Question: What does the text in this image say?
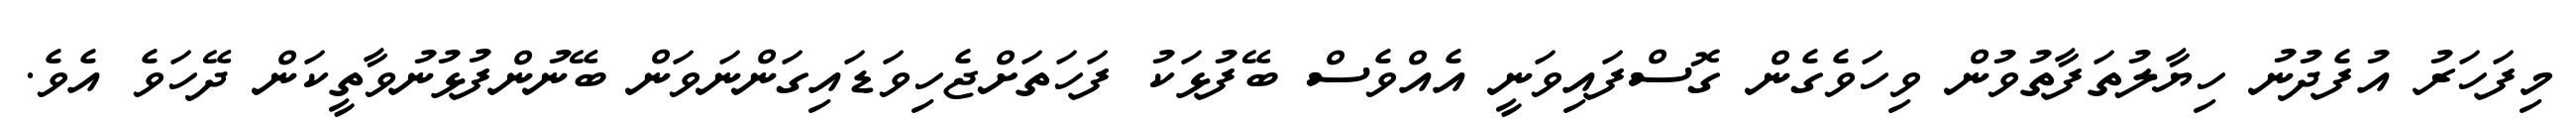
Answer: މިފަހަރު އުފެދުނު ހިޔާލުތަފާތުވުން ވިހަވެގެން ގޮސްފައިވަނީ އެއްވެސް ބޭފުޅަކު ފަހަތަށްޖެހިވަޑައިގަންނަވަން ބޭނުންފުޅުނުވާތީކަން ދޭހަވެ އެވެ.